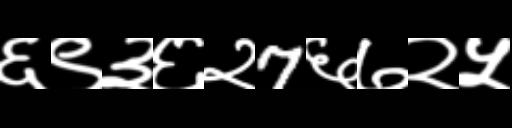
Text: ६९३६२7६७२५